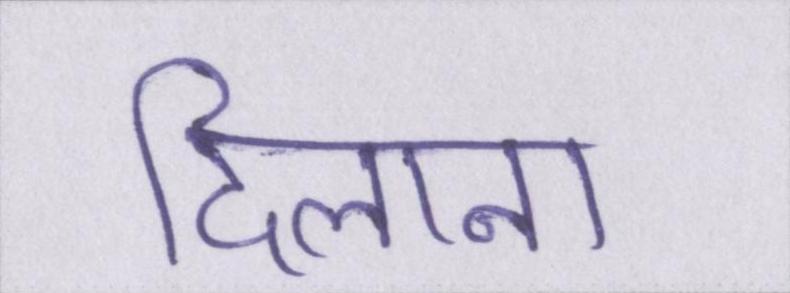
दिलाना